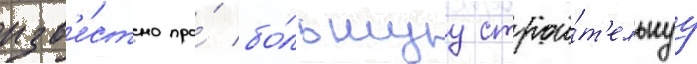
изв'е́стно про́ бо́льшуу строи́т'ельнуу